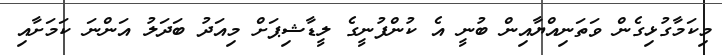
މިކަމާގުޅިގެން ވަތަނިއްޔާއިން ބުނީ އެ ކުންފުނީގެ ލީޑާޝިޕަށް މިއަދު ބަދަލު އަންނަ ކަމަށާއި